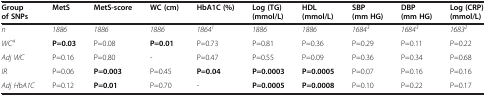
| Group of SNPs | MetS | MetS-score | WC (cm) | HbA1C (%) | Log (TG) (mmol/L) | HDL (mmol/L) | SBP (mm HG) | DBP (mm HG) | Log (CRP) (mmol/L) |
 | --- | --- | --- | --- | --- | --- | --- | --- | --- | --- |
 | n | 1886 | 1886 | 1886 | 18641 | 1886 | 1886 | 16843 | 16843 | 16832 |
 | WC4 | P=0.03 | P=0.08 | P=0.01 | P=0.73 | P=0.81 | P=0.36 | P=0.29 | P=0.11 | P=0.22 |
 | Adj WC | P=0.16 | P=0.80 | - | P=0.47 | P=0.55 | P=0.09 | P=0.36 | P=0.34 | P=0.68 |
 | IR | P=0.06 | P=0.003 | P=0.45 | P=0.04 | P=0.0003 | P=0.0005 | P=0.07 | P=0.16 | P=0.16 |
 | Adj HbA1C | P=0.12 | P=0.01 | P=0.70 | - | P=0.0005 | P=0.0008 | P=0.10 | P=0.22 | P=0.17 |